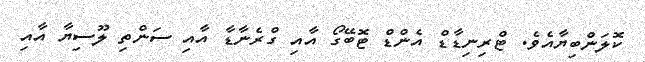
ކޮލަންބިޔާއެވެ. ޓްރިނިޑާޑް އެންޑް ޓޮބޭގޯ އާއި ގްރެނާޑާ އާއި ސަންތި ލޫޫސިޔާ އާއި